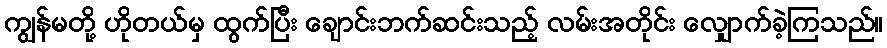
ကျွန်မတို့ ဟိုတယ်မှ ထွက်ပြီး ချောင်းဘက်ဆင်းသည့် လမ်းအတိုင်း လျှောက်ခဲ့ကြသည်။